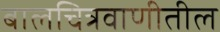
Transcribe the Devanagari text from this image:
बालचित्रवाणीतील